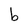
Character: b